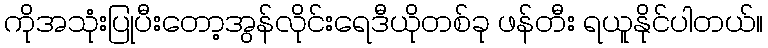
ကိုအသုံးပြုပီးတော့အွန်လိုင်းရေဒီယိုတစ်ခု ဖန်တီး ရယူနိုင်ပါတယ်။